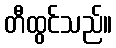
တီထွင်သည်။